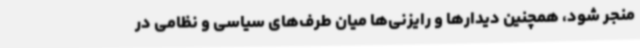
منجر شود، همچنین دیدارها و رایزنی‌ها میان طرف‌های سیاسی و نظامی در